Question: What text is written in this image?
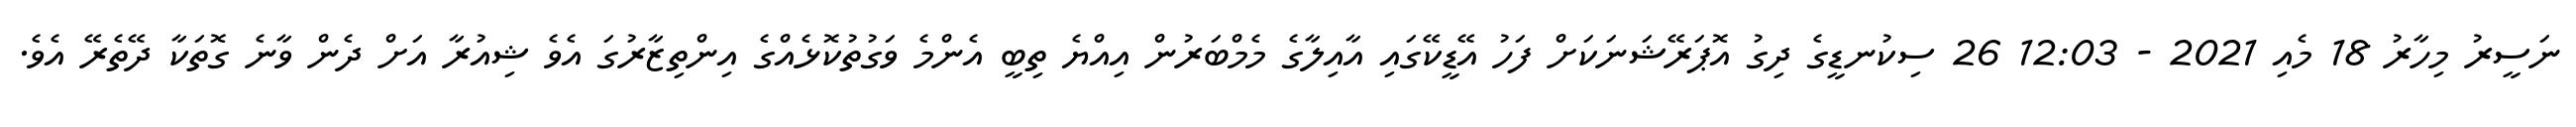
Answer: ނަސީރު މިހާރު 18 މެއި 2021 - 12:03 26 ސިކުނޑީގެ ދިގު އޮޕަރޭޝަނަކަށް ފަހު އޭޑީކޭގައި އާއިލާގެ މެމްބަރުން އިއްޔެ ތިބީ އެންމެ ވަގުތުކޮޅެއްގެ އިންތިޒާރުގަ އެވެ ޝިއުރާ އަށް ދެން ވާނެ ގޮތަކާ ދޭތެރޭ އެވެ.